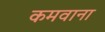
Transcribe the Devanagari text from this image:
कमवाना